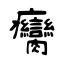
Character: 癵